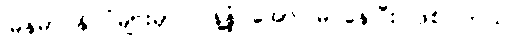
မြန်မာ နိုင်ငံများမှာ ပြန့်နှံ့ အောင်မြင်နေပြီး ဖြစ်ပါတယ်။